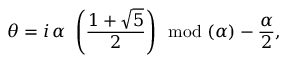
\theta = i \, \alpha \, \, \left( \frac { 1 + \sqrt { 5 } } { 2 } \right) \! \! \! \mod ( \alpha ) - \frac { \alpha } { 2 } ,